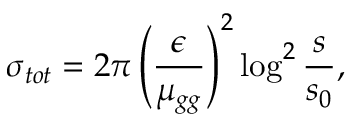
\sigma _ { t o t } = 2 \pi \left( \frac { \epsilon } { \mu _ { g g } } \right) ^ { 2 } \log ^ { 2 } \frac { s } { s _ { 0 } } ,